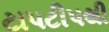
ટાપટીપથી